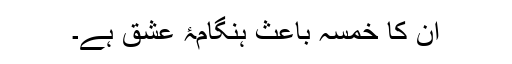
اُن کا خمسہ باعثِ ہنگامۂ عشق ہے۔